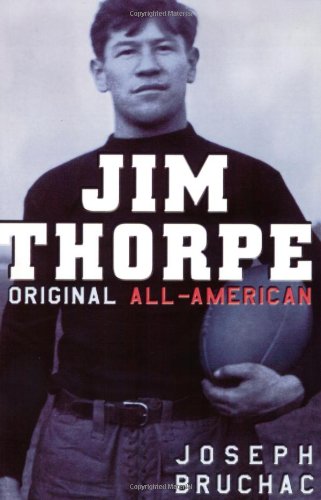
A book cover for Jim Thorpe, Original All-American; Joseph Bruchac; Children's Books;